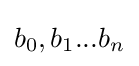
b_{0},b_{1}...b_{n}